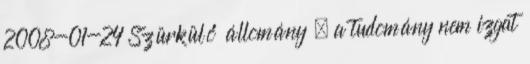
2008-01-24 Szürkülő állomány – a tudomány nem izgat